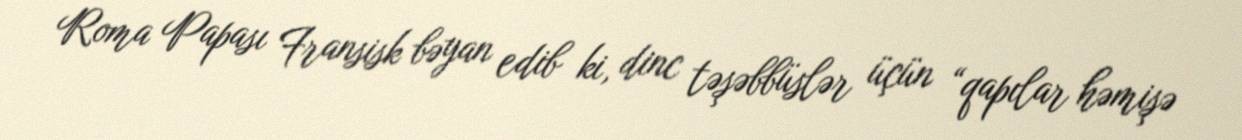
Roma Papası Fransisk bəyan edib ki, dinc təşəbbüslər üçün “qapılar həmişə